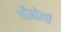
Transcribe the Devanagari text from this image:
चौबोलों